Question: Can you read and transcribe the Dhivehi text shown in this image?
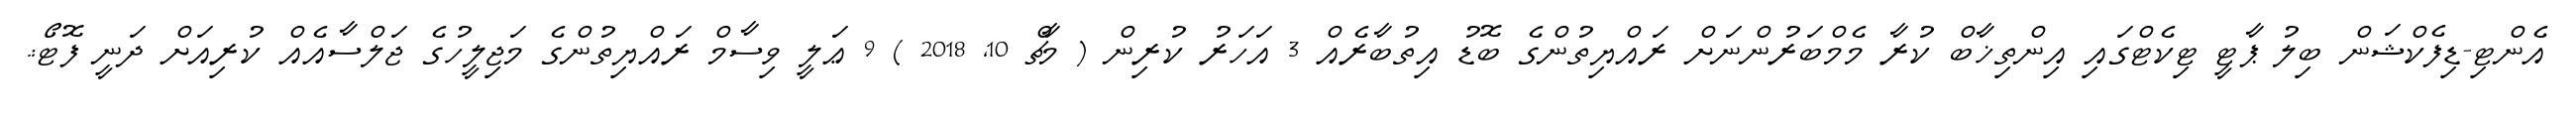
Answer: އެންޓި-ޑިފެކްޝަން ބިލު ޕާޓީ ޓިކެޓްގައި އިންތިޚާބް ކުރާ މެމްބަރުންނަށް ރައްޔިތުންގެ ބޮޑު އިތުބާރެއް 3 އަހަރު ކުރިން ( މާޗް 10, 2018 ) 9 ޢަލީ ވިސާމް ރައްޔިތުންގެ މަޖިލީހުގެ ޖަލްސާއެއް ކުރިއަށް ދަނީ ފޮޓޯ:.